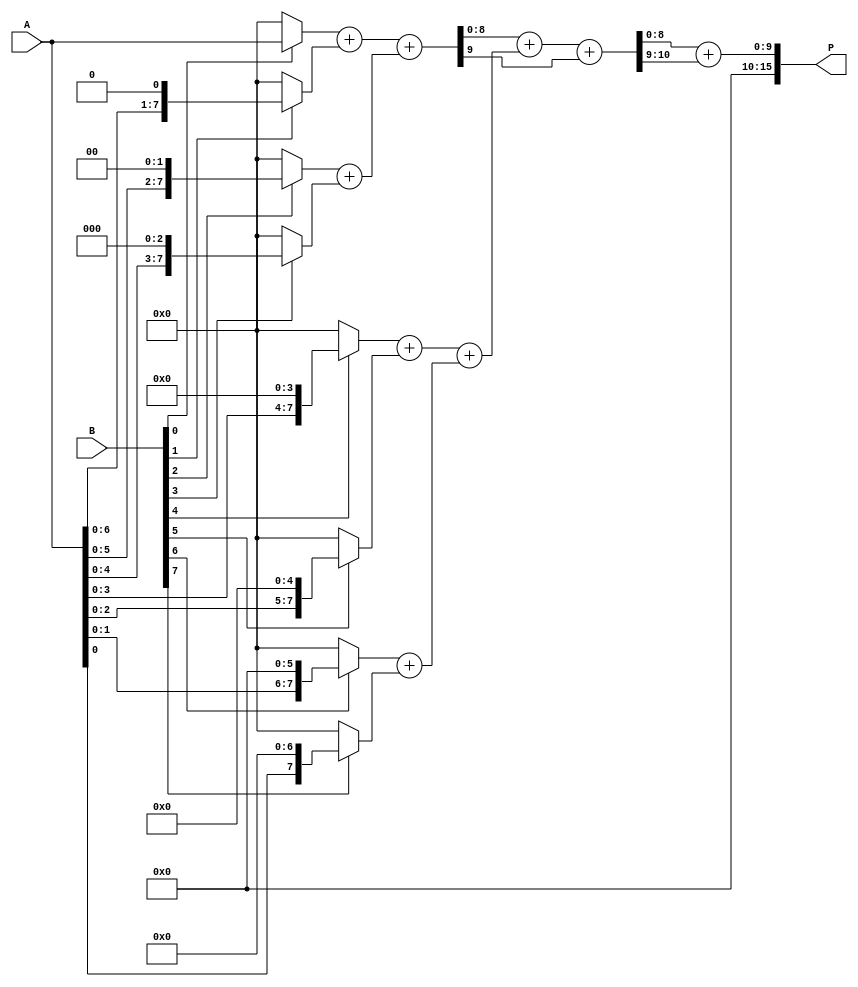
module AdaptiveWallaceTreeMultiplier #(parameter A_WIDTH = 8, B_WIDTH = 8)(
    input [A_WIDTH-1:0] A,
    input [B_WIDTH-1:0] B,
    output reg [2*A_WIDTH-1:0] P
);

// Partial Product Generation
wire [A_WIDTH-1:0] pp[B_WIDTH-1:0];

genvar i;
generate
    for (i = 0; i < B_WIDTH; i = i + 1) begin : pp_gen
        assign pp[i] = (B[i] == 1'b1) ? (A << i) : {A_WIDTH{1'b0}};
    end
endgenerate

// Carry-Save Adder (CSA) Logic
wire [A_WIDTH:0] sum [0:3]; // Adjust size based on number of levels
wire [A_WIDTH:0] carry [0:3];

// Level 1 CSA
assign {carry[0][0], sum[0]} = pp[0] + pp[1];
assign {carry[0][1], sum[1]} = pp[2] + pp[3];
assign {carry[0][2], sum[2]} = pp[4] + pp[5];
assign {carry[0][3], sum[3]} = pp[6] + pp[7];

// Level 2 CSA
wire [A_WIDTH:0] sum2[0:1];
wire [A_WIDTH:0] carry2[0:1];

assign {carry2[0], sum2[0]} = sum[0] + sum[1];
assign {carry2[1], sum2[1]} = sum[2] + sum[3];

// Final CPA
wire [A_WIDTH:0] final_sum;
wire [A_WIDTH:0] final_carry;

assign {final_carry, final_sum} = sum2[0] + sum2[1] + carry2[0];

// Output assignment
always @(*) begin
    P = final_sum + final_carry;
end

endmodule